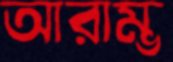
আরাম্ভ